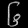
Digit: ၆